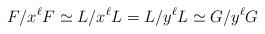
LaTeX: \begin{align*}F/x^\ell F \simeq L/x^\ell L = L/y^\ell L \simeq G/y^\ell G\end{align*}